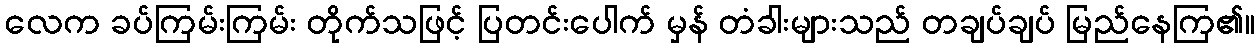
လေက ခပ်ကြမ်းကြမ်း တိုက်သဖြင့် ပြတင်းပေါက် မှန် တံခါးများသည် တချပ်ချပ် မြည်နေကြ၏။